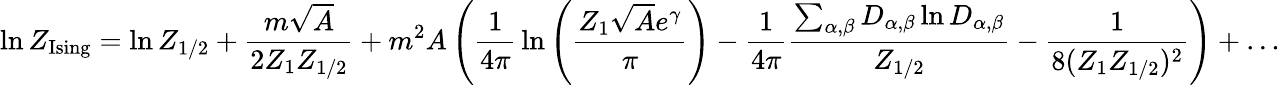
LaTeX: \ln Z_{\mathrm{Ising}}=\ln Z_{1/2}+{\frac{m\sqrt{A}}{2Z_{1}Z_{1/2}}}+m^{2}A\left({\frac{1}{4\pi}}\ln\left(\frac{Z_{1}\sqrt{A}e^{\gamma}}{\pi}\right)-{\frac{1}{4\pi}}{\frac{\sum_{\alpha,\beta}D_{\alpha,\beta}\ln D_{\alpha,\beta}}{Z_{1/2}}}-{\frac{1}{8(Z_{1}Z_{1/2})^{2}}}\right)+\ldots